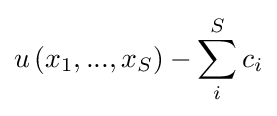
u\left(x_{1},...,x_{S}\right)-\sum _{i}^{S}c_{i}